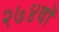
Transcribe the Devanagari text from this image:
२७४वॉ